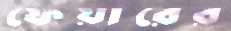
ফেয়ারের